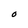
Character: 0